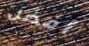
أفضل